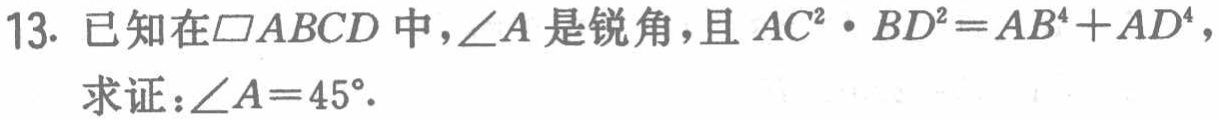
13. 已知在$\square ABCD$中，$\angle A$是锐角，且$AC^{2}\cdot BD^{2}=AB^{4}+AD^{4}$，

求证：$\angle A = 45^{\circ}$.